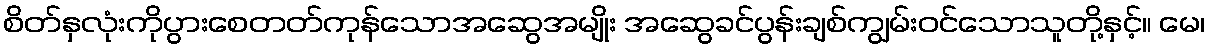
စိတ်နှလုံးကိုပွားစေတတ်ကုန်သောအဆွေအမျိုး အဆွေခင်ပွန်းချစ်ကျွမ်းဝင်သောသူတို့နှင့်။ မေ၊